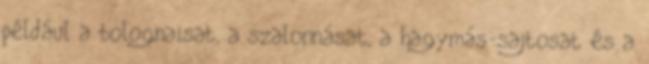
például a bolognaisat, a szalonnásat, a hagymás-sajtosat és a